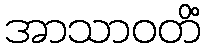
အာသာဝတိံ